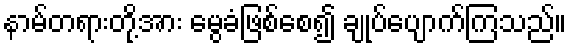
နာမ်တရားတို့အား မွေခံဖြစ်စေ၍ ချုပ်ပျောက်ကြသည်။